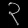
Digit: ၃